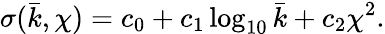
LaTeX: \sigma(\bar{k},\chi)=c_{0}+c_{1}\log_{10}\bar{k}+c_{2}\chi^{2}.